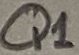
Text: Q1